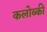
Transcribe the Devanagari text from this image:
कलोब्की